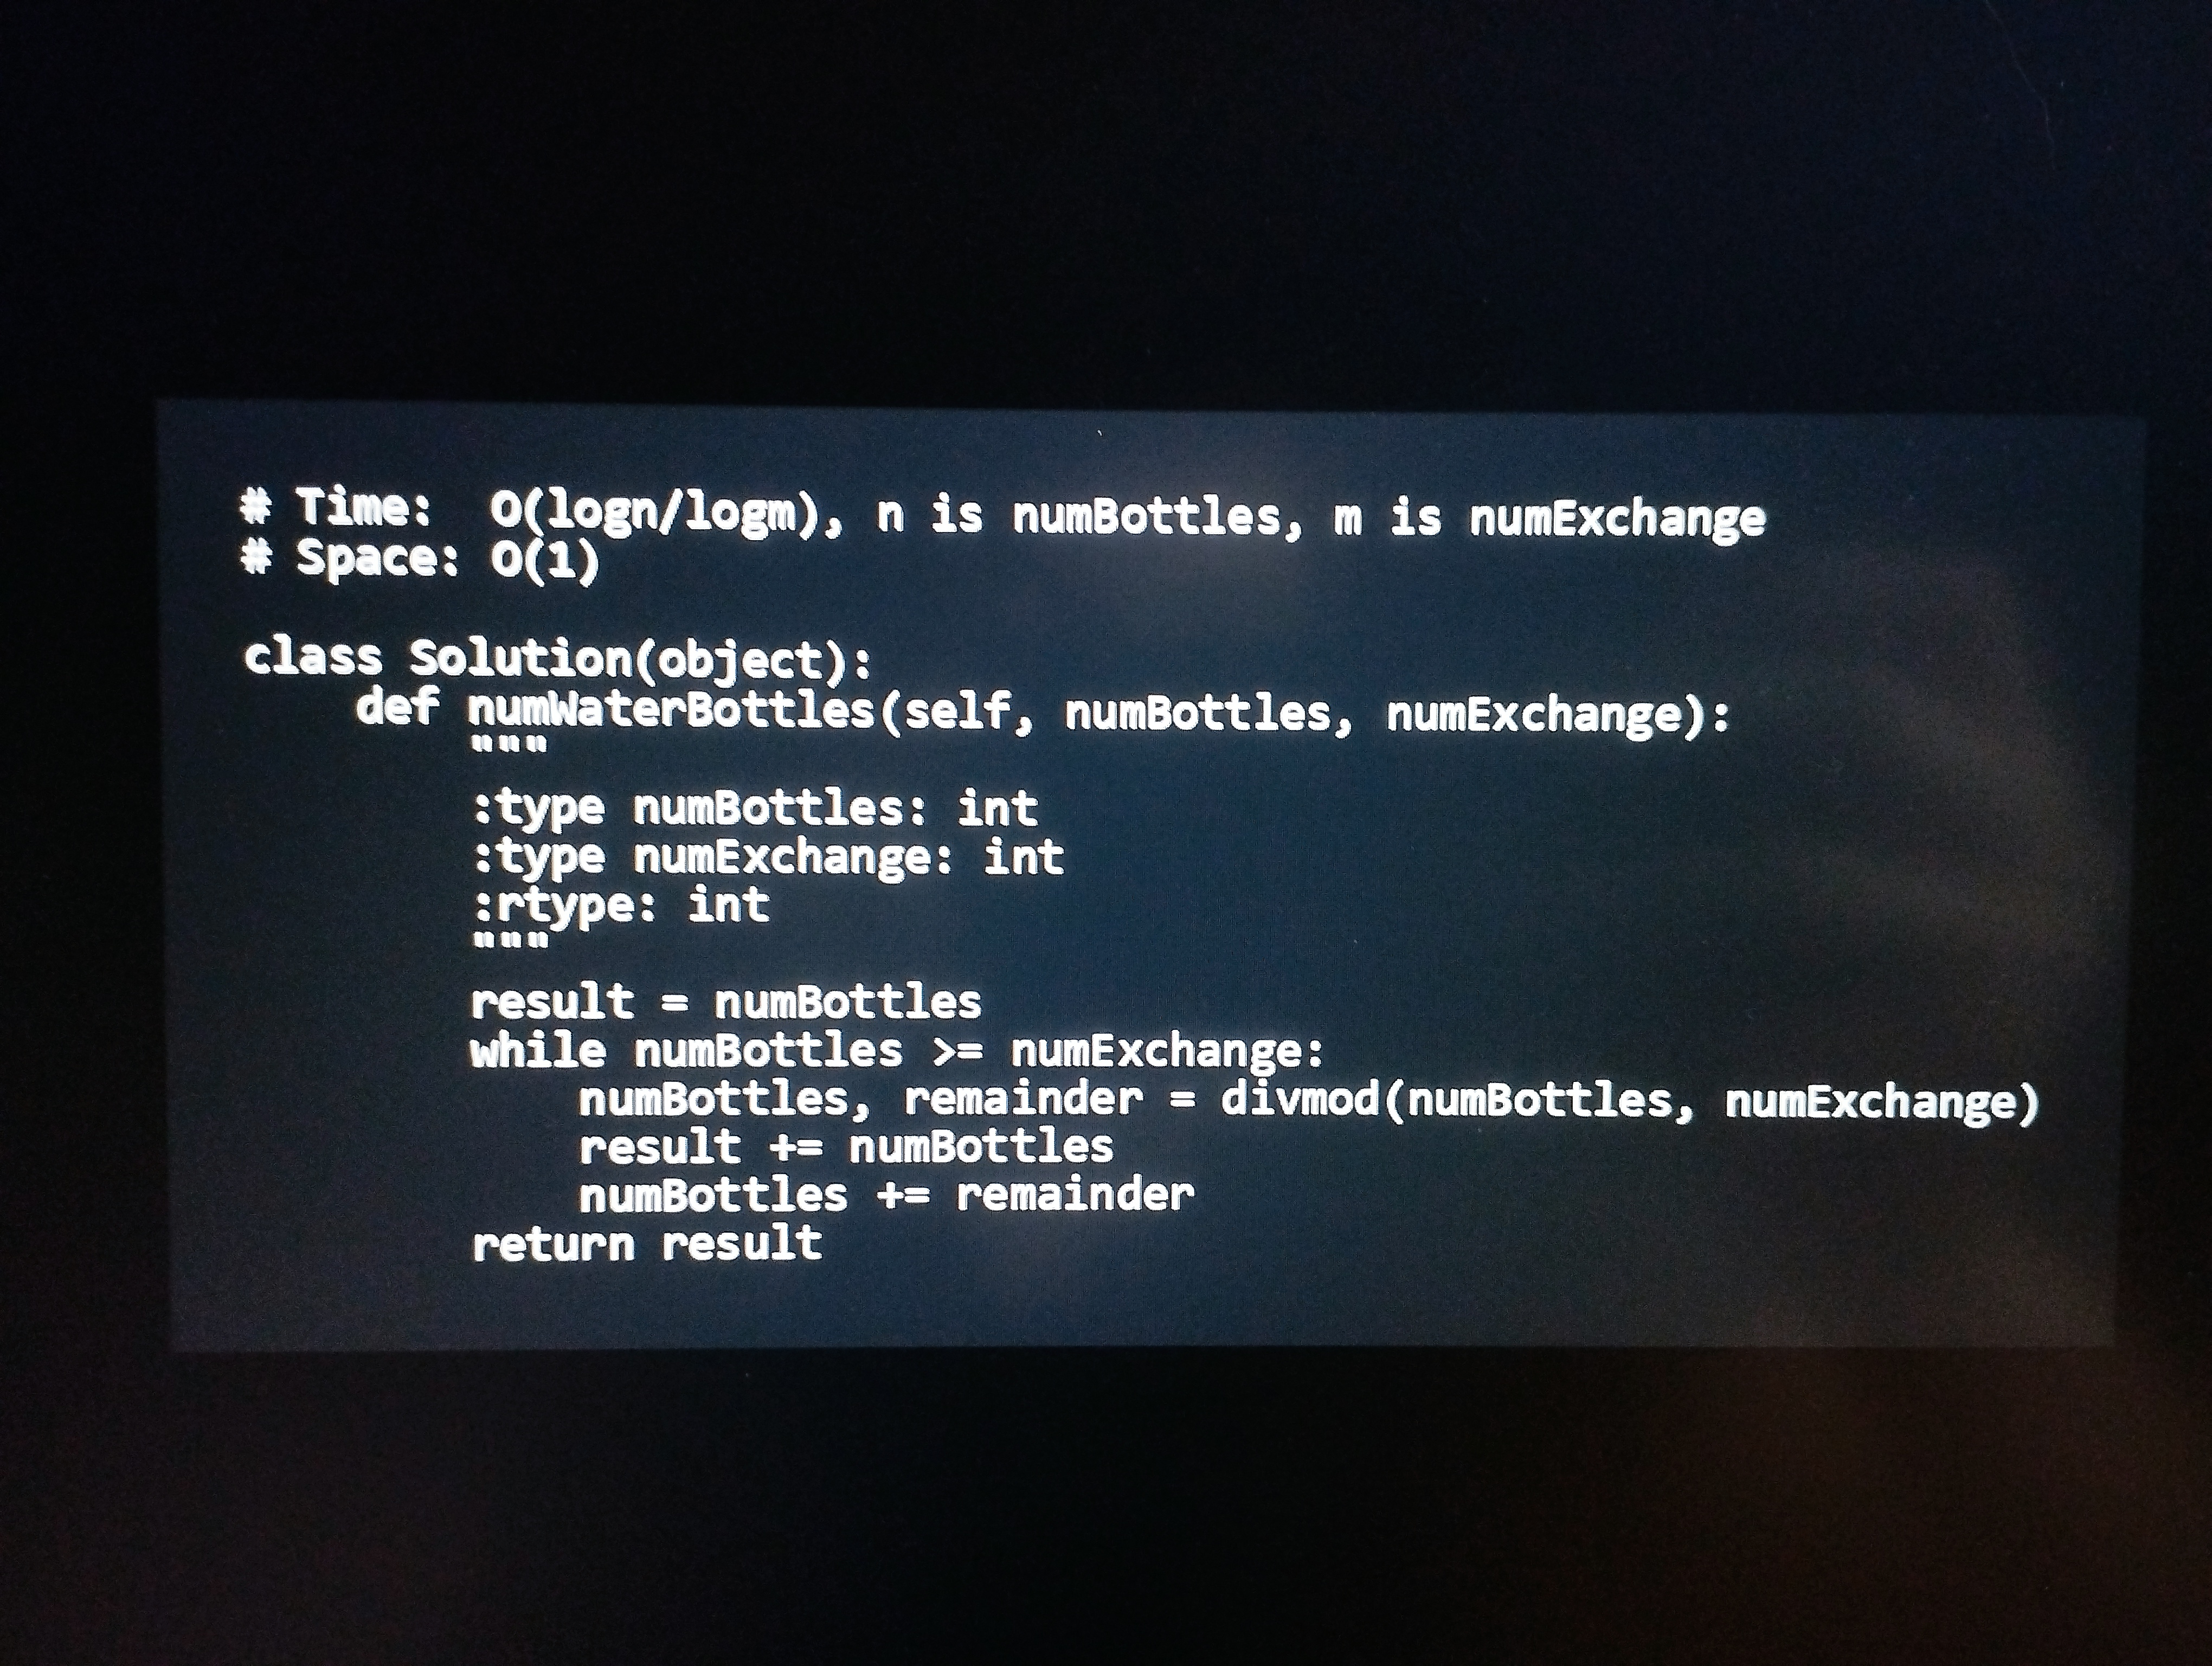
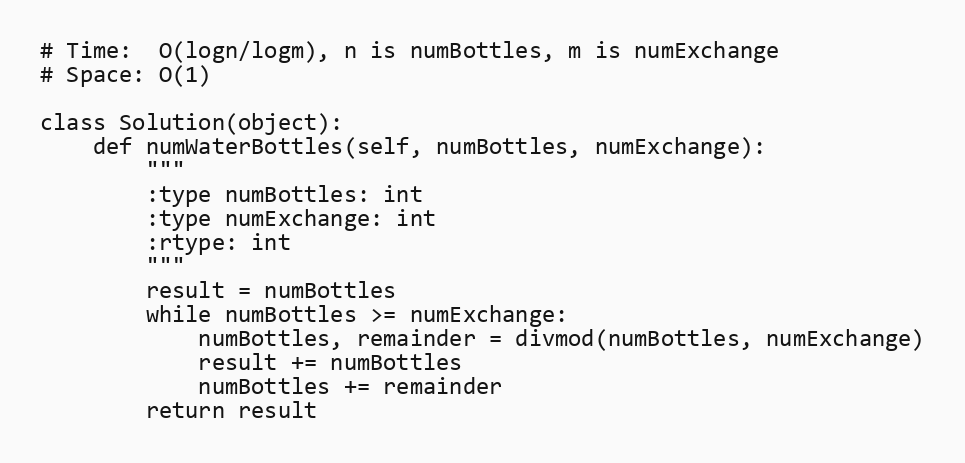
# Time:  O(logn/logm), n is numBottles, m is numExchange
# Space: O(1)

class Solution(object):
    def numWaterBottles(self, numBottles, numExchange):
        """
        :type numBottles: int
        :type numExchange: int
        :rtype: int
        """
        result = numBottles
        while numBottles >= numExchange:
            numBottles, remainder = divmod(numBottles, numExchange)
            result += numBottles
            numBottles += remainder
        return result